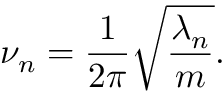
\nu _ { n } = \frac { 1 } { 2 \pi } \sqrt { \frac { \lambda _ { n } } { m } } .